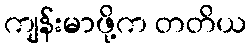
ကျန်းမာဖို့က တတိယ